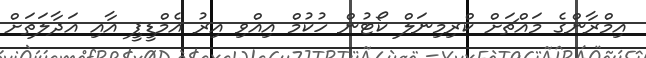
އިމްރާންގެ މައްޗަށް ކްރިމިނަލް ކޯޓުން ހުކުމް އިއްވި އިރު އެމްޑީޕީ އާއި އަދާލަތަށް